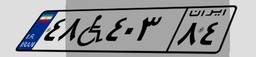
۴۸W۴۰۳۸۴